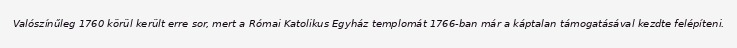
Valószínűleg 1760 körül került erre sor, mert a Római Katolikus Egyház templomát 1766-ban már a káptalan támogatásával kezdte felépíteni.